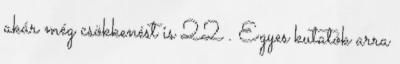
akár még csökkenést is 22 . Egyes kutatók arra